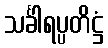
သင်္ခါရပ္ပတိဋ္ဌံ